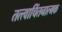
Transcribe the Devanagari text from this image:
तत्त्वाचिंतनात्मक